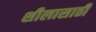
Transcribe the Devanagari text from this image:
शीलासाठी